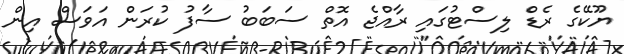
ޔޫކޭގެ ރެޑް ލިސްޓުގައި ރާއްޖެ އޮތް ސަބަބު ސާފު ކުރަން އަވަސް އިން